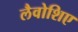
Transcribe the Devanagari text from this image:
लैवोशिए